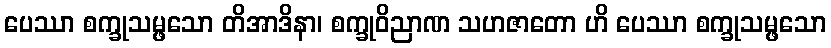
ပေဿာ စက္ခုသမ္ဖသော တိအာဒိနာ၊ စက္ခုဝိညာဏ သဟဇာတော ဟိ ပေဿာ စက္ခုသမ္ဖသော